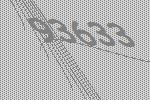
93633